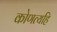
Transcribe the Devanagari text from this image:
कोणत्यहि